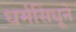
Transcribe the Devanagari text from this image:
धर्मसिंधूने